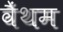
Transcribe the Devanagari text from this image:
वैंथम